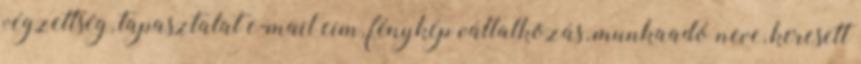
végzettség, tapasztalat e-mail cím, fénykép vállalkozás, munkaadó neve, keresett